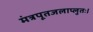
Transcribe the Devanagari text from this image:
मंत्रपूतजलाप्लुतः।